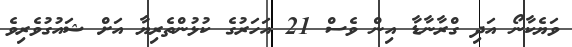
ވަޔެކާނޯ އަދި ގްރާނާޑާ އިން ވެސް 21 އަހަރުގެ ކުޅުންތެރިޔާ އަށް ޝައުގުވެރިވެ